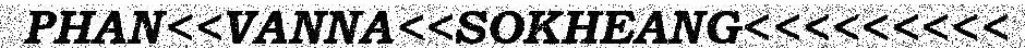
PHAN<<VANNA<<SOKHEANG<<<<<<<<<